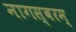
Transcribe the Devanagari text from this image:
नागस्वरम्‌